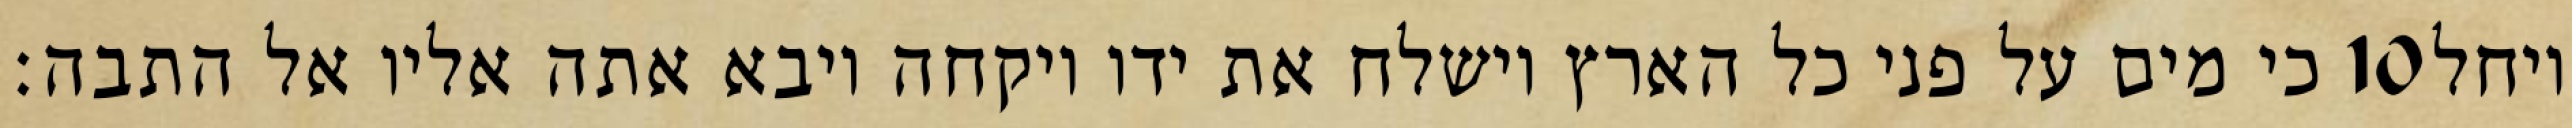
כי מים על פני כל הארץ וישלח את ידו ויקחה ויבא אתה אליו אל התבה׃ ‎10‏ ויחל